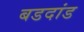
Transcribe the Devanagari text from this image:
बडदांड